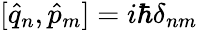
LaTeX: [\hat{q}_{n},\hat{p}_{m}]=i\hbar\delta_{nm}